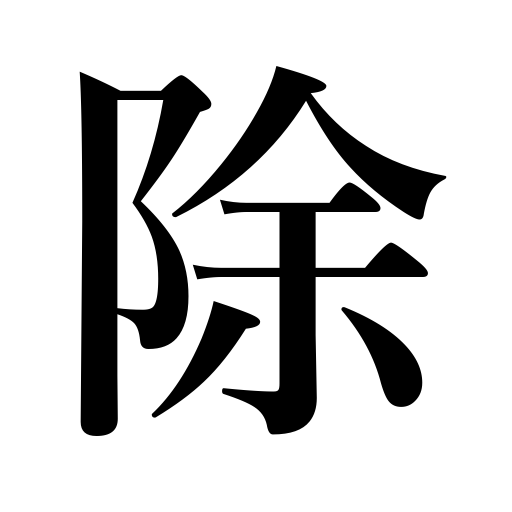
Meanings: remove,except,cancel,abolish,exclude,division in math